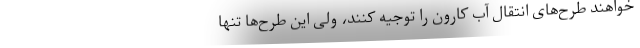
خواهند طرح‌های انتقال آب کارون را توجیه کنند، ولی این طرح‌ها تنها